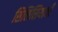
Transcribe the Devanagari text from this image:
सिलिसियाची